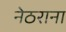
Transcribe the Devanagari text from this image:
नेठराना